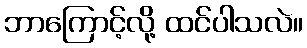
ဘာကြောင့်လို့ ထင်ပါသလဲ။